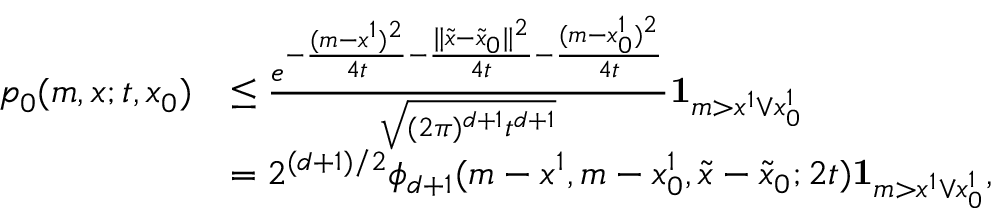
\begin{array} { r l } { p _ { 0 } ( m , x ; t , x _ { 0 } ) } & { \leq \frac { e ^ { - \frac { ( m - x ^ { 1 } ) ^ { 2 } } { 4 t } - \frac { \| \tilde { x } - \tilde { x } _ { 0 } \| ^ { 2 } } { 4 t } { - \frac { ( m - x _ { 0 } ^ { 1 } ) ^ { 2 } } { 4 t } } } } { \sqrt { ( 2 \pi ) ^ { d + 1 } t ^ { d + 1 } } } { \mathbf 1 } _ { m > x ^ { 1 } \vee x _ { 0 } ^ { 1 } } } \\ & { = 2 ^ { ( d + 1 ) / 2 } \phi _ { d + 1 } ( m - x ^ { 1 } , m - x _ { 0 } ^ { 1 } , \tilde { x } - \tilde { x } _ { 0 } ; 2 t ) { \mathbf 1 } _ { m > x ^ { 1 } \vee x _ { 0 } ^ { 1 } } , } \end{array}